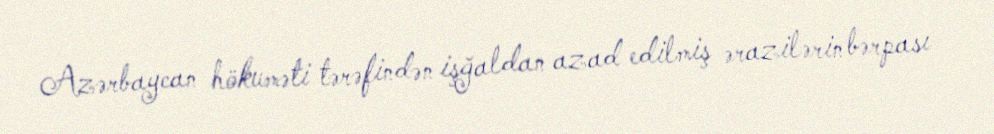
Azərbaycan hökuməti tərəfindən işğaldan azad edilmiş ərazilərin bərpası